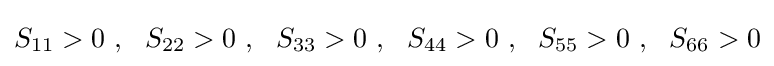
S_{11}>0~,~~S_{22}>0~,~~S_{33}>0~,~~S_{44}>0~,~~S_{55}>0~,~~S_{66}>0